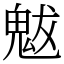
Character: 魃